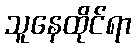
သူနေထိုင်ရာ